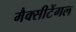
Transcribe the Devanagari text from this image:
मैक्‍सीटेंगल